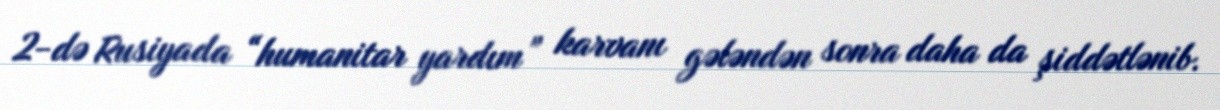
2-də Rusiyada “humanitar yardım” karvanı gələndən sonra daha da şiddətlənib.